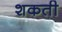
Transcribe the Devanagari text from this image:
शकती